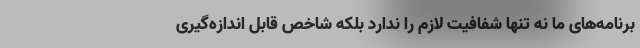
برنامه‌های ما نه تنها شفافیت لازم را ندارد بلکه شاخص قابل اندازه‌گیری